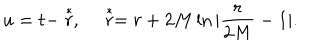
u = t - \stackrel { * } { r } , ~ \stackrel { * } { r } = r + 2 M \ln | \frac { r } { 2 M } - 1 | .